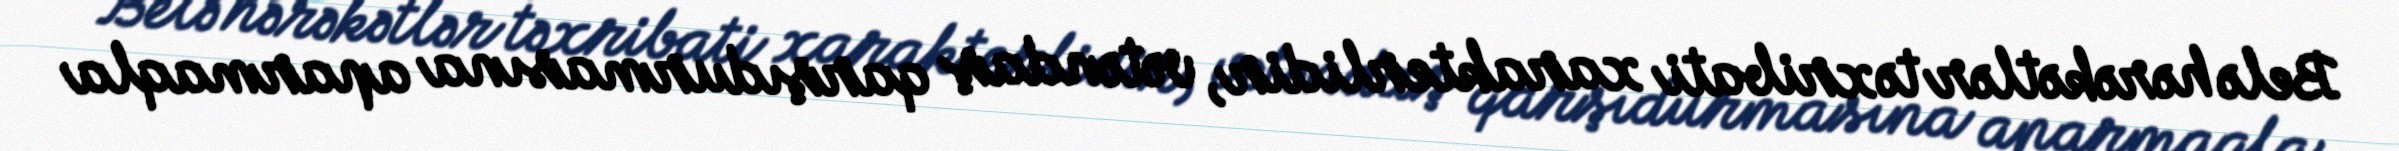
Belə hərəkətlər təxribati xarakterlidir, vətəndaş qarşıdurmasına aparmaqla